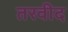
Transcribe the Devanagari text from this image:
तरवीद